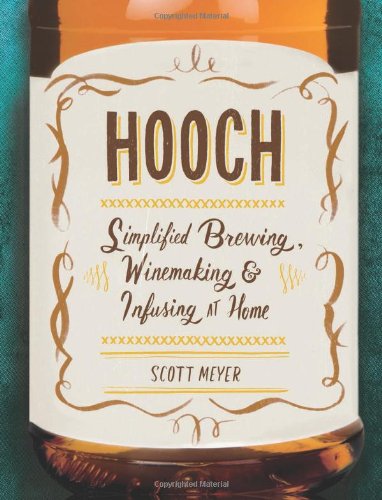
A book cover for Hooch: Simplified Brewing, Winemaking, and Infusing at Home; Scott Meyer; Cookbooks, Food & Wine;